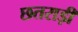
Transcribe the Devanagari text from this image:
छतराड़ी